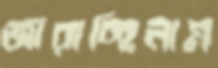
জারাচ্ছিলাম